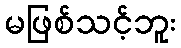
မဖြစ်သင့်ဘူး